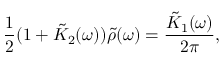
\frac { 1 } { 2 } ( 1 + \tilde { K } _ { 2 } ( \omega ) ) \tilde { \rho } ( \omega ) = \frac { \tilde { K } _ { 1 } ( \omega ) } { 2 \pi } ,